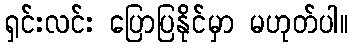
ရှင်းလင်း ပြောပြနိုင်မှာ မဟုတ်ပါ။